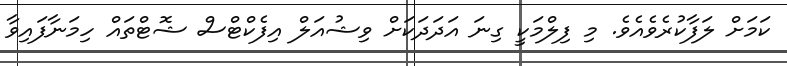
ކަމަށް ލަފާކުރެވެއެވެ. މި ފިލްމަކީ ގިނަ އަދަދަކަށް ވިޝުއަލް އިފެކްޓްސް ޝޮޓްތައް ހިމަނާފައިވާ